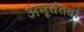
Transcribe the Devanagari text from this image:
अमूर्ततता